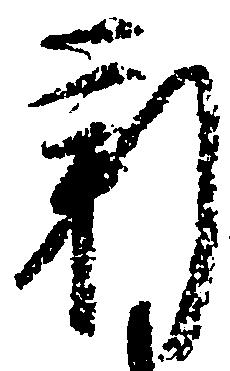
新